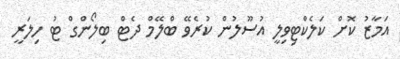
އަމާޒު ކޮށް ކަލެކްޓިވިލީ އުސޫލުން ކުރެވޭ ބްލޭމް ދެޓް ބިލޯންގް ޓު ހިލަރީ